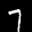
Label: 7